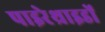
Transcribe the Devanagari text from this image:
पाइरेथ्राइडों